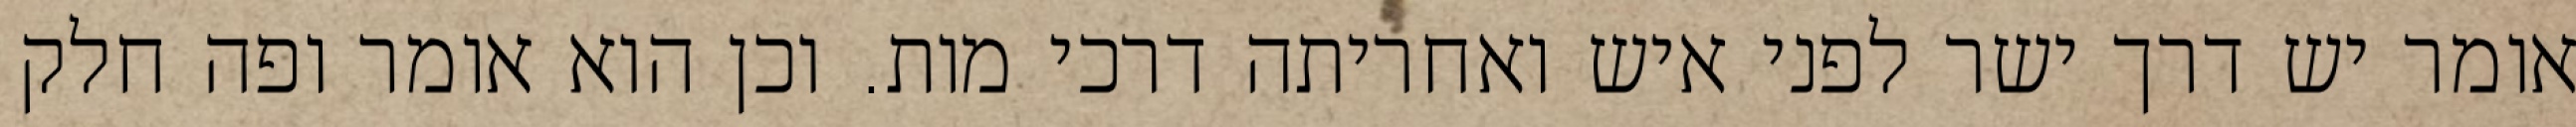
אומר יש דרך ישר לפני איש ואחריתה דרכי מות. וכן הוא אומר ופה חלק